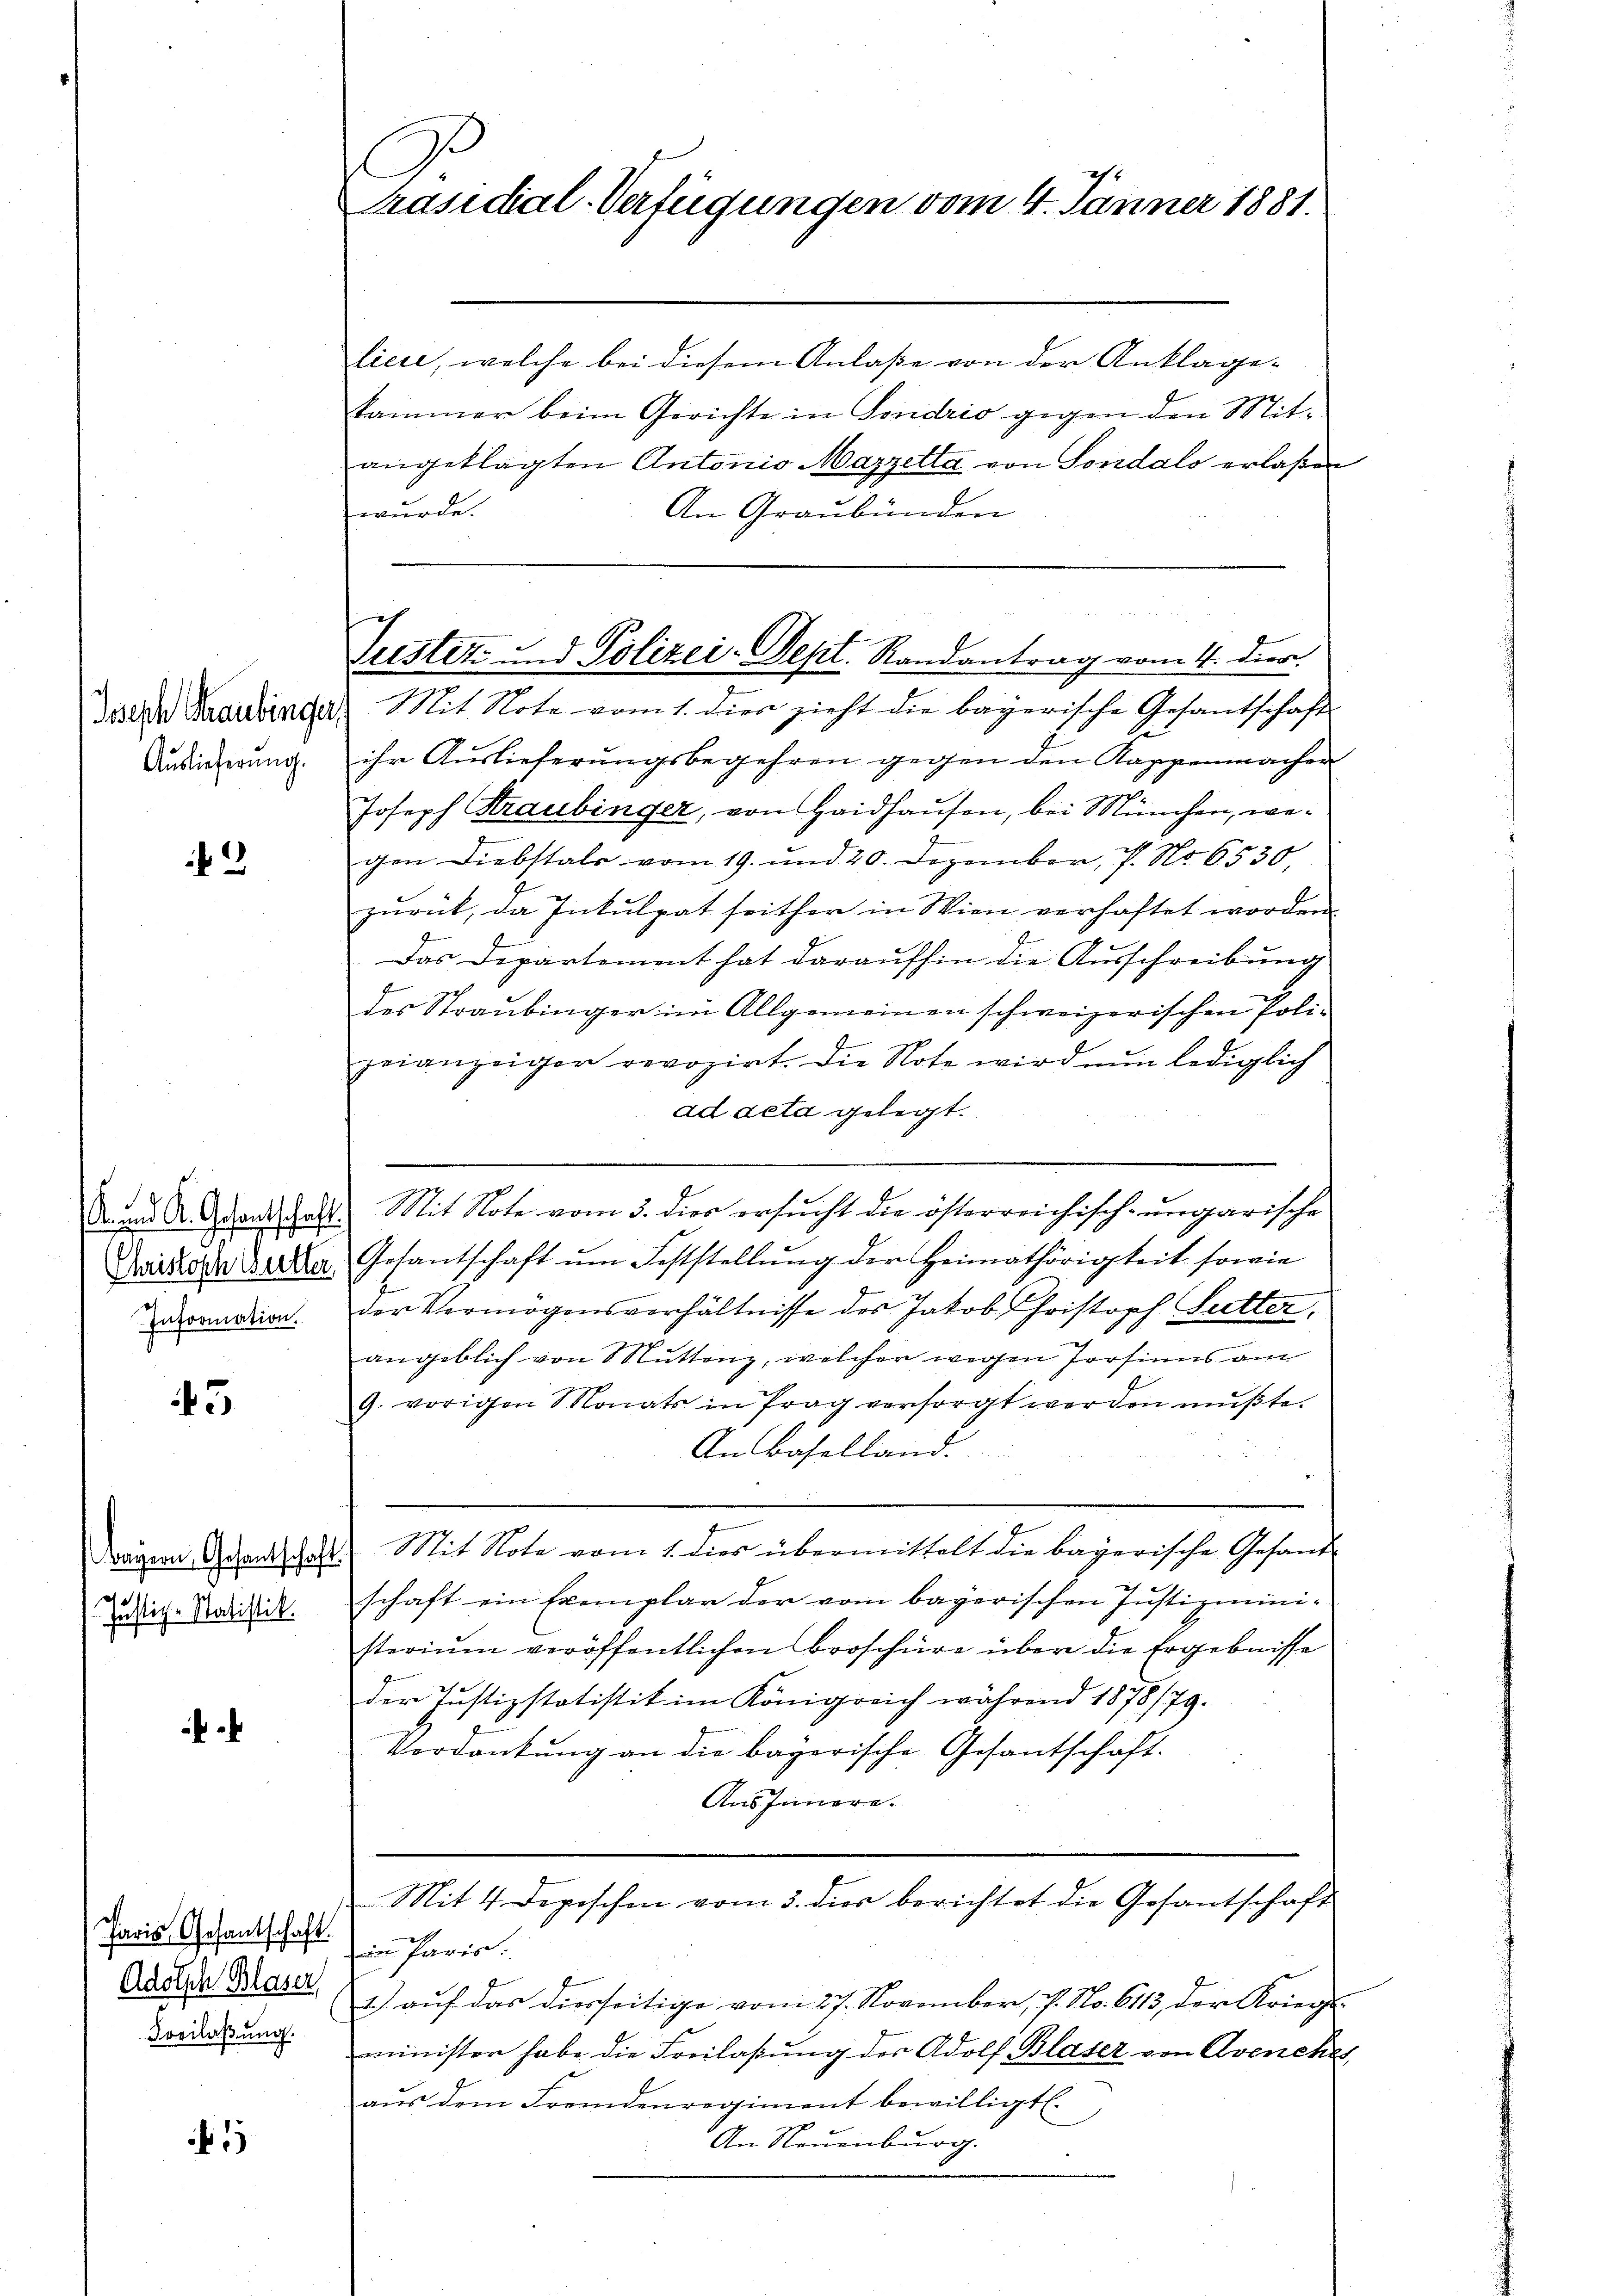
Auslieferung.

2

Information.

45

¬

55

Bayern, Gesantschaf
Justiz-Statistik.

Paris Gesantschaft.
Adolsch Blaser
Freilassung.

Präsidial-Verfügungen vom 4. Jänner 1881.

Justiz und Polizei-Sept. Randantrag vom 4. dir.
deser Brandinger Mit Note vom 1. dies zieht die bayerische Gesandtschafte

liere, welche bei diesem Anlaße von der Anklage-
kammer beim Gerichte in Fondrio gegen den Mit-
angeklagten Antonio Mazzetta von Sondalo erlaßen
wurde.
An Graubünden
ihr Auslieferŭngsbegehren gegen den Rappenmachen
Joseph Kraubinger, von Haidhausen, bei München, wegen Diebstals vom 19. und 20. Dezember, 7. No 6530,
zŭrück, da Inkulpat seither in Wien verhaftet worden.
Das Departement hat daraufhin die Ausschreibung
des Straubinger im Allgemeinen schweizerischen Poli-
zeianzeiger rovozirt. Die Note wird nun lediglich
ad acta gelegt.
Dann A. Gesandschalt. Mit Note vom 3. dies ersŭcht die österreichisch-ungarische
Didio der Bekler Gesantschaft ŭm Feststellŭng der Heimathörigkeit sowie
der Vermögensverhältnisse des Jakob Christoph Sutter.
angeblich von Muttenz, welcher wegen Prosimus am
9. vorigen Monats in Prag versorgt werden mŭβte.
An Baselland.
Mit Note vom 1. dies übermittelt die bayerische Gesand¬
.
schaft ein Exemplar der vom bayerischen Justizmini-
sterium veröffentlichen Broschüre über die Ergebnisse
der Justizstatistik im Königreich während 1878/79.
Verdankung an die bayerische Gesantschaft.
Ausinnern.
Mit 4 Depeschen vom 3. dies berichtet die Gesantschaft
in Paris.
1) auf das diesseitige vom 27. November, J. No. 6113, der Kriegs-
minister habe die Freilaßung des Adolf Blaser von Avenche
aus dem Fremdenregiment bewilligt.
An Neuenburg.